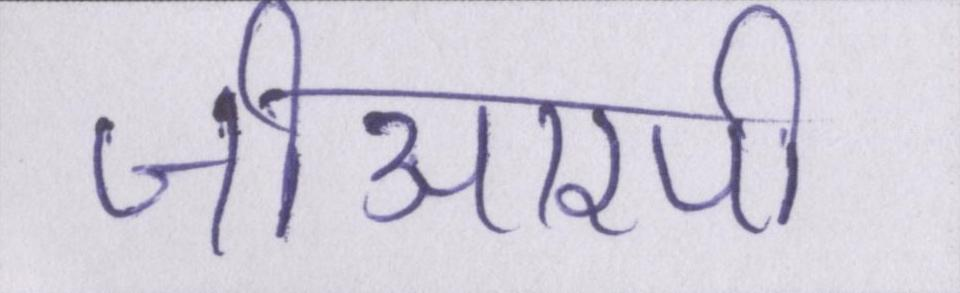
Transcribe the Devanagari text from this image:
जीआरपी